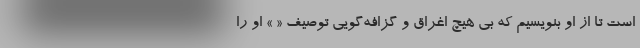
است تا از او بنویسیم که بی هیچ اغراق و گزافه‌گویی توصیف « » او را